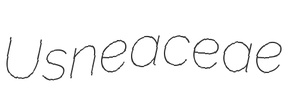
Usneaceae